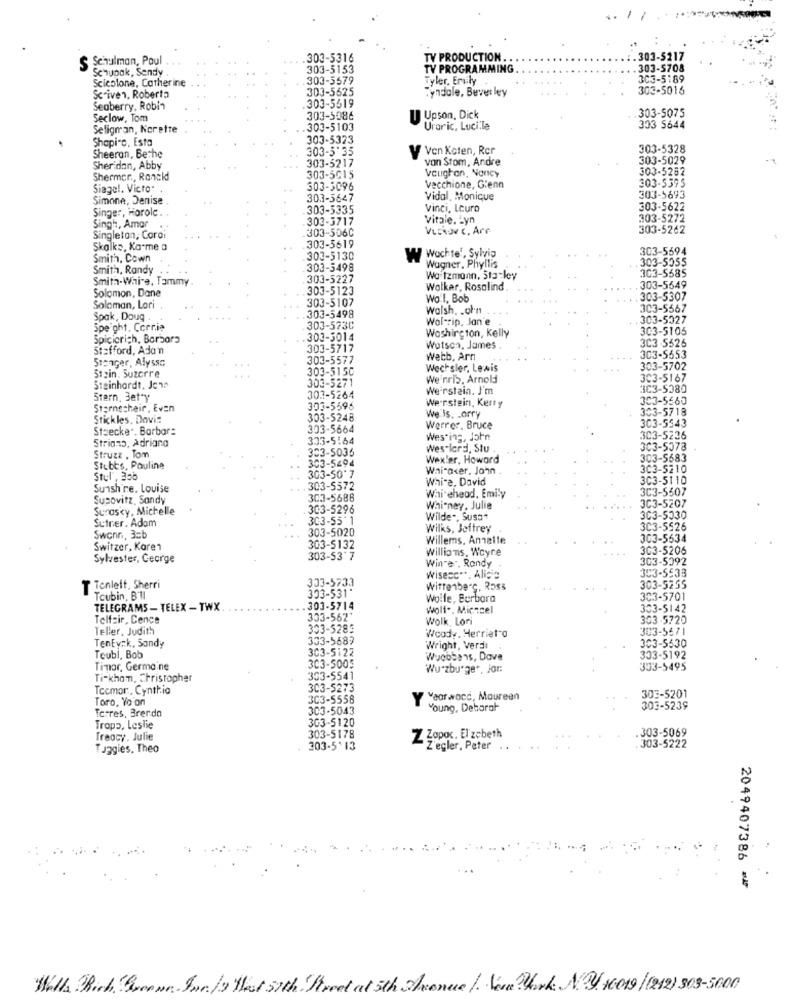
S Schulman, Paul
.303-5316
TY PRODUCTION.
.303-5217
Schupak, Sendy .
303-5153
TV PROGRAMMING
303-5708
Scicolone, Catherine
303-5579
Tyler. Emily
303-5189
303-5625
Tyndale, Bever ley
303-5016
Scriven. Roberto
.303-5519
Seaberry, Robin
Seclow, Tom
303-5586
Upson, Dick
.303-5075
Seligman, Ncrette
303-5103
Uraric, Lucile
303 5644
Shapiro. Esta
303-5323
Ven Keten, Rer
303-5328
Sheeran, Bethe
303-5'35
von Stom, Andre
303-5029
Sheridan, Abby
303-5217
303-5252
Shermer ., Ronckd
303-5015
Vaughan, Nancy
303-5395
Siagel. Victo
303-3096
Vecchione, Glenn
Simone, Denise
303-5647
Vidal. Monique
303-5693
Singer, Horole
303-5335
Vinci, Leuro
303-5622
303-3717
Vitale. Lyn
303-5272
Singh, Amor
303-506C
303-5262
Singleton, Coro:
Skalks, Ka-me a
303-5619
303-5594
Smith, Cown
303-5130
W Wachte', Sylvia
303-5055
Smith, Randy
303-5498
Wagner, Phyllis
303-5585
Smith-Whi-e, Tammy
303-5227
Wo tzmann, Sta-ley
303-5123
Walker, Rosalind .
303-5649
Solomon, Dane
303-5107
Wo.l. Bob
303-5307
Soloman, Lori .
.303-5498
Walsh. . ohn
303-5567
Spak, Doug
Wol-rip, Jan'e
303-5027
Speight, Corrie
303-573C
Washington, Kelly
303-5105
Spicierich, Barbora
.303-5014
3C3 -5525
Stafford, Adan
303-5717
Wotson, James
Stanger, Alyssa
303-5577
Webb, Arn
303-5553
303-5150
Wechsler, Lewis
303-5702
Stain. Suzerre
We'nrib, Arnold
3C3-5167
Steinhardt, Jcn
303-5271
Weirstain. I'm
3C3-5280
Stern, 3et'y
303-5264
Weerstein, Ketty
3C3-5560
Stornecheir, Even
303-5596
303-5718
Stickles. Davis
303-5248
We is. Larry
303-5543
Staecker. Barbar:
303-5664
Werrer, Bruce
Strians, Adriana
333-5:64
Westing, John
303-5236
303-5035
Wes lord, Stu
303-5378
Struzz . Tom
303-5494
Wexler, Howard
303-5683
Stubts, Pauline
Whitaker, John
303-5210
Stul, 335
303-50'7
Whi-e, David
303-5110
Suishire. Louise
.303-5572
3C3-5507
Susovitz, Sandy
303-5688
Whi cheod. Emily
3C3-5207
Surasky, Michelle
303-5296
Whitney, Julie
Sutrer. Adam
303-55'1
Wilde", Susa+
303-5330
303-5020
Wilks, Jeffrey
3C3-5526
Swenn, 3=b
Willems, Annalle
303-5534
Switzer, Karen
303-5132
willions, Wayne
303-5206
Sylvester, George
303-53'7
Win"e", Rondy
303-5092
303-5533
303-5733
Wisesc **, Alice
T Tenlelt, Sherri
303-531*
wittenberg, Ross
303-5255
Toubin, B'll
Wolfe, Berbora
303-5701
TELEGRAMS - TELEX - TWX
303-5714
wolf .. Miczcel
303-5142
Telfair, Cence
303-562'
Wolk Lori
303-5720
Teller, Judith
303-5285
Woody. Herriet-o
303-5671
333-5687
TenEyck, Sandy
303-5122
Wright, Verdi
303-5530
Teubl, Bob
Wuebbens, Dave
333-5192
Timmar, Germaine
303-5005
Wu-zburger, Jor:
353-5495
Ti-khan, Christopher
353-5541
Tecmor, Cynthia
3C3-5273
Toro, Yo'on
303-5556
Y
7Yearwacc, Maureen
303-5201
Terres, Brerdo
303-5043
Young, Deborah
303-5239
303-5120
Tropp, Leslie
.303-5069
Treacy, Julie
303-5178
Z Zapoc. El zebeth
Tuggies, Theo
303-5'13
Z'egler, Peter
. 303-5222
2049407386 ⑉4
Wells Rich Queown. Jun/y Hest 57th Freet at 5th Avenue /. Net Work N.9. 16019 / (212) 303-5600